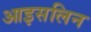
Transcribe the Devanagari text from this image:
आइसलिन